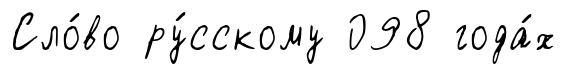
Сло́во ру́сскому 098 года́х